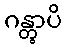
ဂန္တွာပိ